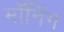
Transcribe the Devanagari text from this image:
मॉनिंग